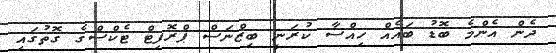
ދެން އެންމެ ބޮޑު ބައެއް ހިއްސާ ކުރަނީ ބިޒްނަސް ޕްރޮފިޓް ޓެކްސްގެ ގޮތުގައި